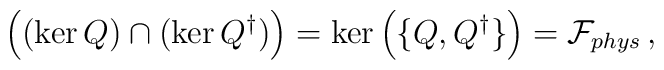
\Big( ( \ker Q )\cap (\ker Q^{\dagger}) \Big)=\ker \Big( \big\{ Q, Q^{\dagger} \big\} \Big)=\mathcal{F}_{phys}\, ,